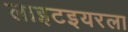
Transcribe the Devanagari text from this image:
लाइटइयरला